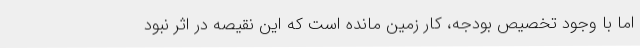
اما با وجود تخصیص بودجه، کار زمین مانده است که این نقیصه در اثر نبود